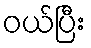
ဝယ်ပြီး